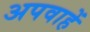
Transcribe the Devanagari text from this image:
अपवाहें